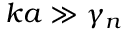
k a \gg \gamma _ { n }